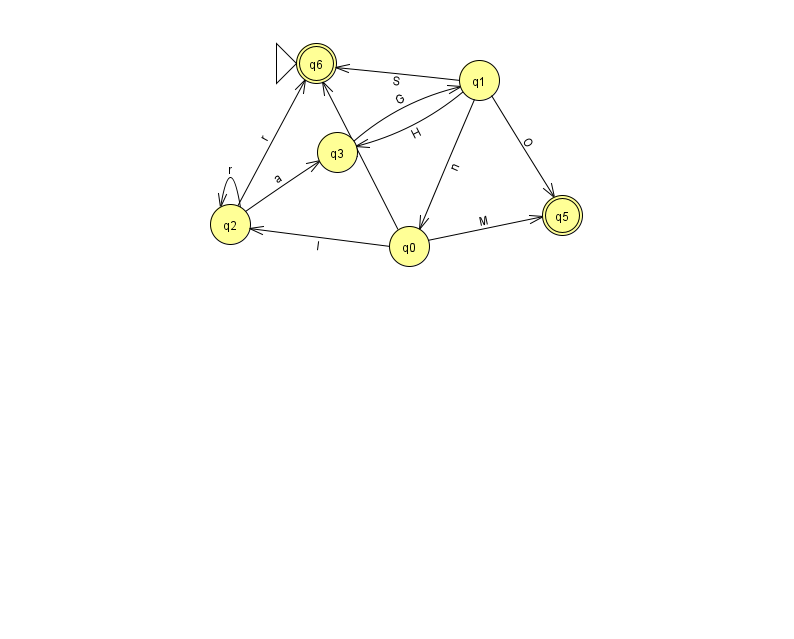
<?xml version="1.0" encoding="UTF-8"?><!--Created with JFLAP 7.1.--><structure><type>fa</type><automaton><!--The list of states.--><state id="0" name="q0"><x>409.0</x><y>233.0</y></state><state id="1" name="q1"><x>479.0</x><y>67.0</y></state><state id="2" name="q2"><x>230.0</x><y>211.0</y></state><state id="3" name="q3"><x>337.0</x><y>139.0</y></state><state id="5" name="q5"><x>562.0</x><y>202.0</y><final/></state><state id="6" name="q6"><x>316.0</x><y>50.0</y><initial/><final/></state><!--The list of transitions.--><transition><from>3</from><to>1</to><read>G</read></transition><transition><from>0</from><to>2</to><read>I</read></transition><transition><from>2</from><to>2</to><read>r</read></transition><transition><from>1</from><to>6</to><read>S</read></transition><transition><from>0</from><to>6</to><read>j</read></transition><transition><from>1</from><to>0</to><read>n</read></transition><transition><from>0</from><to>5</to><read>M</read></transition><transition><from>1</from><to>5</to><read>O</read></transition><transition><from>1</from><to>3</to><read>H</read></transition><transition><from>2</from><to>3</to><read>a</read></transition><transition><from>2</from><to>6</to><read>r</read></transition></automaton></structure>